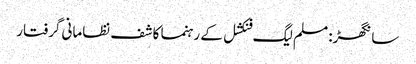
سانگھڑ: مسلم لیگ فنکشل کے رہنما کاشف نظامانی گرفتار